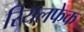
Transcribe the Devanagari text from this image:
रियलफेक